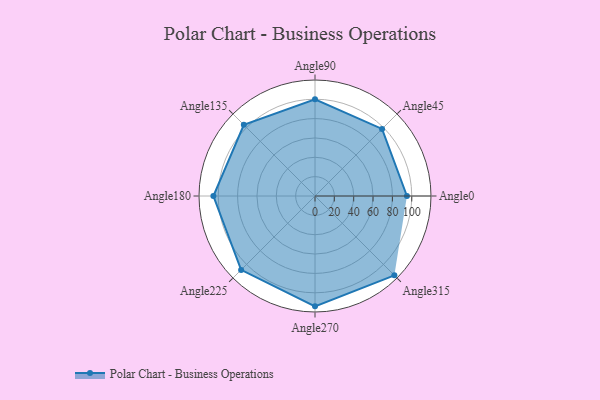
{"axis": {"x": "Angle", "y": "Radius"}, "legend": [""], "data": [{"x": "Angle0", "y": 95.0, "type": ""}, {"x": "Angle45", "y": 98.0, "type": ""}, {"x": "Angle90", "y": 100.0, "type": ""}, {"x": "Angle135", "y": 104.0, "type": ""}, {"x": "Angle180", "y": 105.0, "type": ""}, {"x": "Angle225", "y": 108.0, "type": ""}, {"x": "Angle270", "y": 114.0, "type": ""}, {"x": "Angle315", "y": 116.0, "type": ""}]}